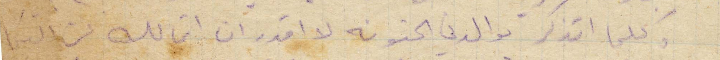
وكلما أتذكر والدتي الحنونة لا اقدر ان اتمالك عن البكاء